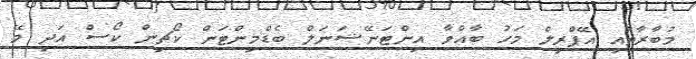
މުބާރާތާއި އޭޕްރިލް މަހު ބާއްވާ އިންޓަނޭޝަނަލް ބެޑްމިންޓަން ކޯޗިން ކޯސް އަދި މޭ